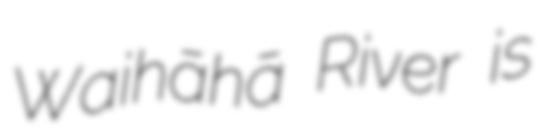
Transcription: Waihāhā River is